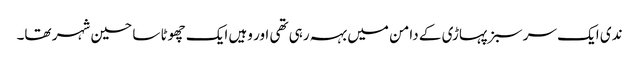
ندی ایک سر سبز پہاڑی کے دامن میں بہہ رہی تھی اور وہیں ایک چھوٹا سا حسین شہر تھا۔